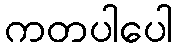
ကတပါပေါ